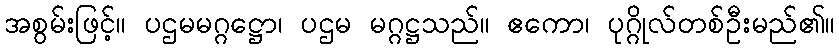
အစွမ်းဖြင့်။ ပဌမမဂ္ဂဋ္ဌော၊ ပဌမ မဂ္ဂဋ္ဌသည်။ ဧကော၊ ပုဂ္ဂိုလ်တစ်ဦးမည်၏။